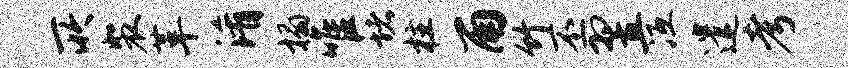
所裴革淆榻唯堵柱雨竹丕翌冱遣考